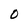
Character: O